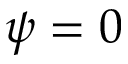
\psi = 0